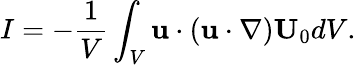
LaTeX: I=-\frac{1}{V}\int_{V}\textbf{u}\cdot(\textbf{u}\cdot\nabla)\textbf{U}_{0}dV.